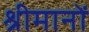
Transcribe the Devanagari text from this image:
श्रीमानों